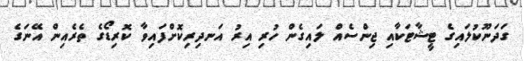
ގަދަނޫކުލައިގެ ޓީޝާޓަކާއި ޖިންސެއް ލައިގެން ހުރި އިރު އަނދިރިކޮށްފައިވާ ކޮރިޑޯގެ ތެރެއިން އޭނަގެ